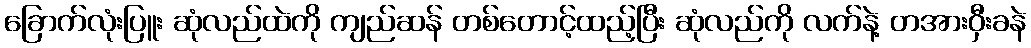
ခြောက်လုံးပြူး ဆုံလည်ထဲကို ကျည်ဆန် တစ်တောင့်ထည့်ပြီး ဆုံလည်ကို လက်နဲ့ တအားဝှီးခနဲ